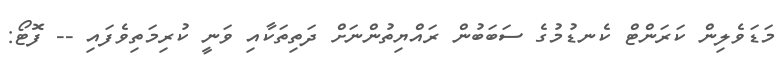
މަޑަވެލިން ކަރަންޓް ކެނޑުމުގެ ސަބަބުން ރައްޔިތުންނަށް ދަތިތަކާއި ވަނީ ކުރިމަތިވެފައި -- ފޮޓޯ: